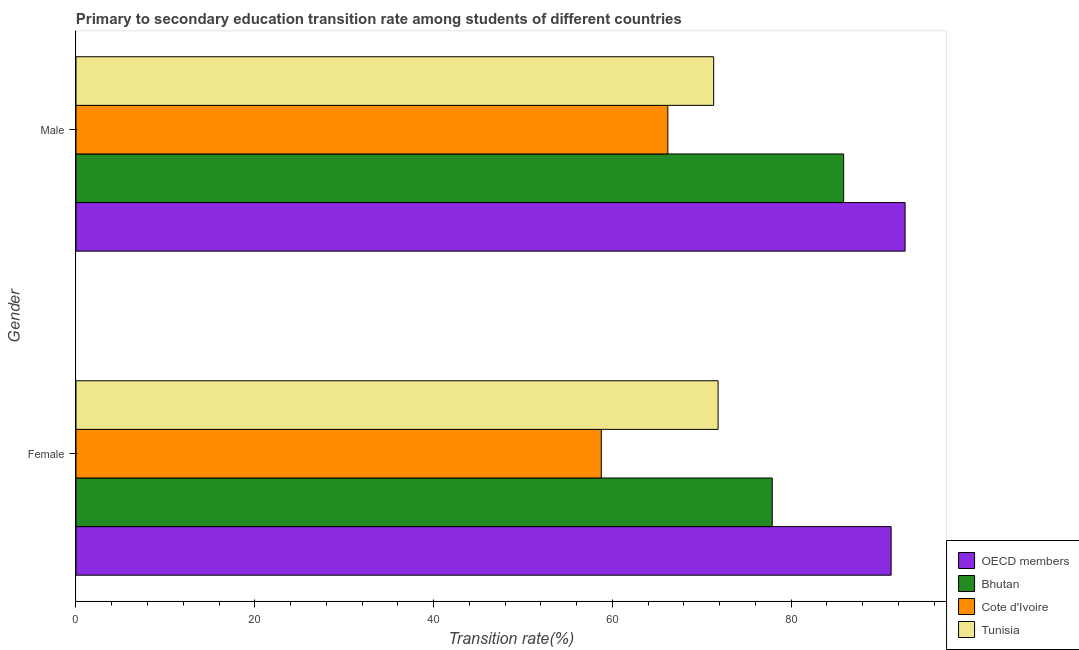
| Gender | OECD members | Bhutan | Cote d'Ivoire | Tunisia |
 | --- | --- | --- | --- | --- |
 | Female | 91.2 | 77.9 | 58.8 | 71.8 |
 | Male | 92.8 | 85.9 | 66.2 | 71.3 |